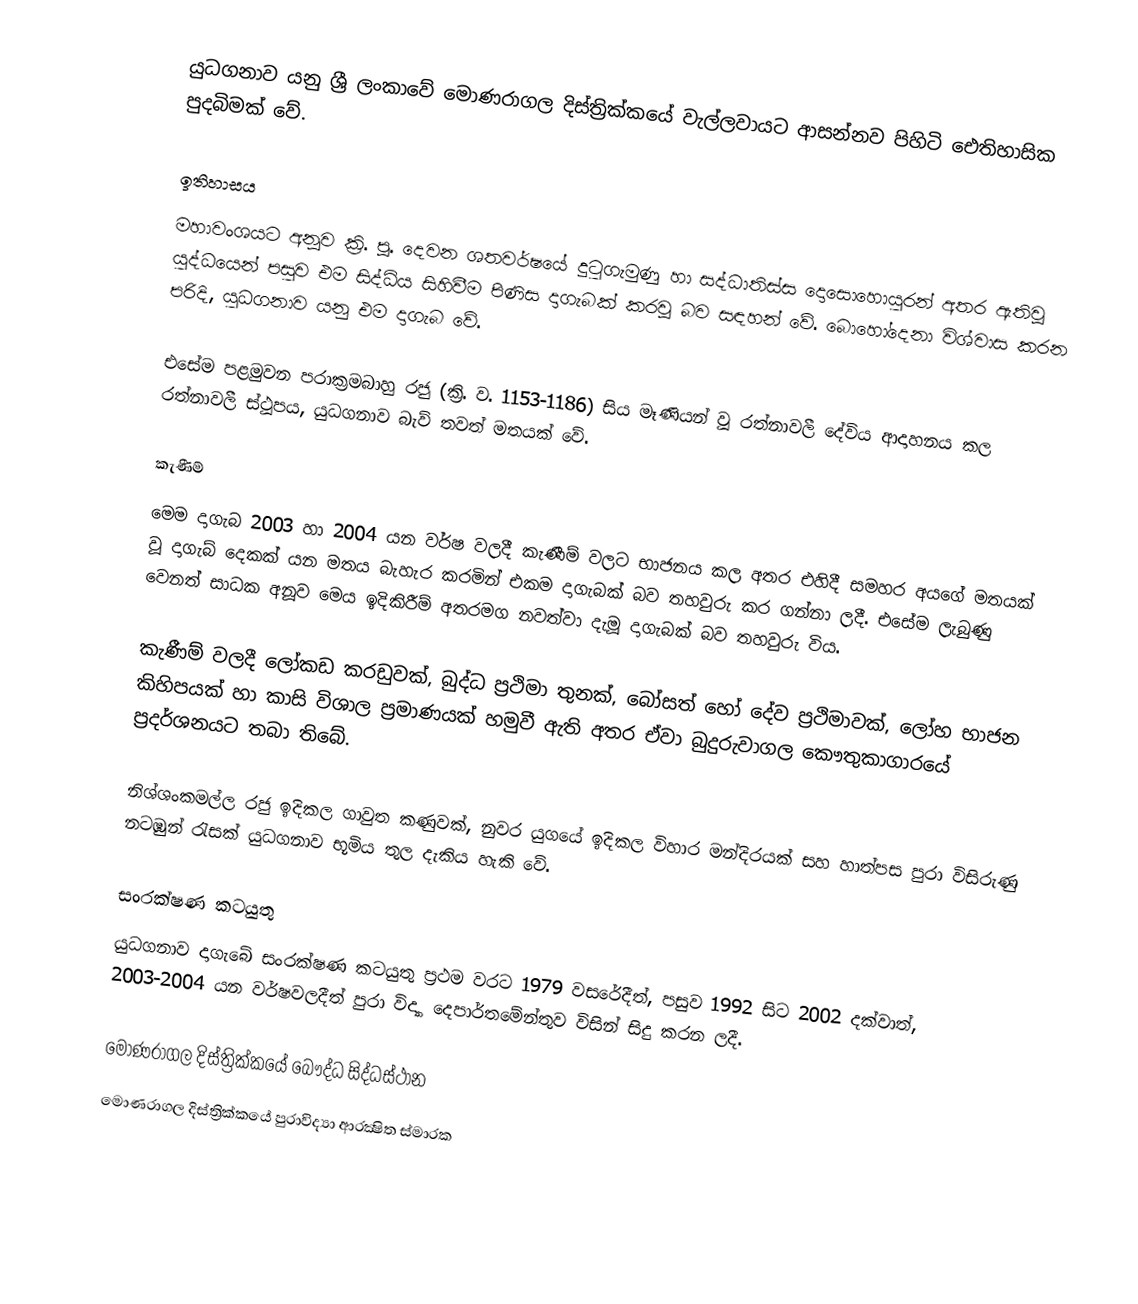
යුධගනාව යනු ශ්‍රී ලංකාවේ මොණරාගල දිස්ත්‍රික්කයේ වැල්ලවායට ආසන්නව පිහිටි ඓතිහාසික පුදබිමක් වේ.

ඉතිහාසය
මහාවංශයට අනූව ක්‍රි. පූ. දෙවන ශතවර්ෂයේ දුටුගැමුණු හා සද්ධාතිස්ස දොසොහොයුරන් අතර ඇතිවූ යුද්ධයෙන් පසුව එම සිද්ධිය සිහිවීම පිණිස දාගැබක් කරවූ බව සඳහන් වේ. බොහෝදෙනා විශ්වාස කරන පරිදි, යුධගනාව යනු එම දාගැබ වේ.

එසේම පළමුවන පරාක්‍රමබාහු රජු (ක්‍රි. ව. 1153-1186) සිය මෑණියන් වූ රත්නාවලී දේවිය ආදාහනය කල රත්නාවලී ස්ථූපය, යුධගනාව බැව් තවත් මතයක් වේ.

කැණීම්
මෙම දාගැබ 2003 හා 2004 යන වර්ෂ වලදී කැණීම් වලට භාජනය කල අතර එහිදී සමහර අයගේ මතයක් වූ දාගැබ් දෙකක් යන මතය බැහැර කරමින් එකම දාගැබක් බව තහවුරු කර ගන්නා ලදී. එසේම ලැබුණු වෙනත් සාධක අනූව මෙය ඉදිකිරීම් අතරමග නවත්වා දැමූ දාගැබක් බව තහවුරු විය.

කැණීම් වලදී ලෝකඩ කරඩුවක්, බුද්ධ ප්‍රථිමා තුනක්, බෝසත් හෝ දේව ප්‍රථිමාවක්, ලෝහ භාජන කිහිපයක් හා කාසි විශාල ප්‍රමාණයක් හමුවී ඇති අතර ඒවා බුදුරුවාගල කෞතුකාගාරයේ ප්‍රදර්ශනයට තබා තිබේ.

නිශ්ශංකමල්ල රජු ඉදිකල ගාවුත කණුවක්, නුවර යුගයේ ඉදිකල විහාර මන්දිරයක් සහ හාත්පස පුරා විසිරුණු නටඹුන් රැසක් යුධගනාව භූමිය තුල දැකිය හැකි වේ.

සංරක්ෂණ කටයුතු
යුධගනාව දාගැබේ සංරක්ෂණ කටයුතු ප්‍රථම වරට 1979 වසරේදීත්, පසුව 1992 සිට 2002 දක්වාත්, 2003-2004 යන වර්ෂවලදීත් පුරා විද්‍යා දෙපාර්තමේන්තුව විසින් සිදු කරන ලදී.

මොණරාගල දිස්ත්‍රික්කයේ බෞද්ධ සිද්ධස්ථාන‎
මොණරාගල දිස්ත්‍රික්කයේ පුරාවිද්‍යා ආරක්‍ෂිත ස්මාරක